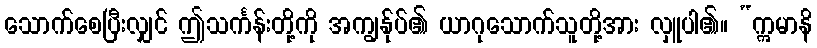
သောက်စေပြီးလျှင် ဤသင်္ကန်းတို့ကို အကျွန်ုပ်၏ ယာဂုသောက်သူတို့အား လှူပါ၏။ “ဣမာနိ